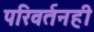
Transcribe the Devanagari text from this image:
परिवर्तनही